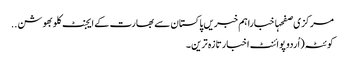
مرکزی صفحہاخباراہم خبریں پاکستان سے بھارت کے ایجنٹ کلوبھوشن ..
کوئٹہ(اُردو پوائنٹ اخبارتازہ ترین۔